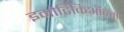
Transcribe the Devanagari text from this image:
इमोटिकिऑन्स